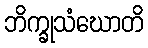
ဘိက္ခုသံဃောတိ